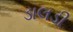
ડાલડી